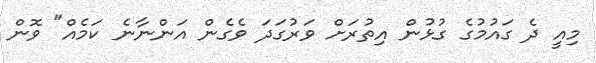
މިއީ ދެ ގައުމުގެ ގުޅުން އިތުރަށް ވަރުގަދަ ވެގެން އަންނާނެ ކަމެއް" ވޮން